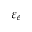
\varepsilon _ { e }